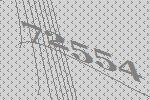
72554